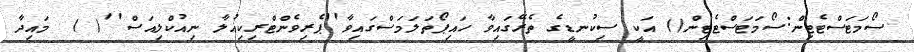
ސޯމަޓަސްޓެޓިން:ސޯމަޓަސްޓެޓިން() އަކީ ސިކުނޑީގެ ތެރޭގައިވާ ހައިޕޯތަލަމަސްގައިވާ''ޕެރިވެންޓްރިކިއުލާ ނިއުކްލިއަސް''( )  މައިދާ